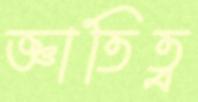
জ্ঞাতিত্ব